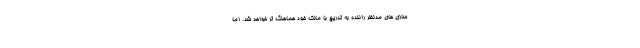
سازی های مدنظر راننده به تدریج با مالک خود هماهنگ تر خواهد شد. اما